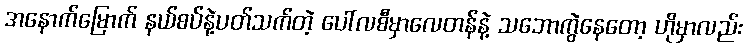
အနောက်မြောက် နယ်စပ်နဲ့ပတ်သက်တဲ့ ပေါ်လစီမှာလေတန်နဲ့ သဘောကွဲနေတော့ ဟိုမှာလည်း